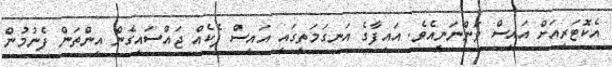
އެކޮޓަރިއަށް އައިސް ވަންނަނީއެވެ. އައިފާގެ އަނގަމަތީގައި އައިސް ޕެކެއް ޖައްސައިގެން އިންތަން ފެނުމުން